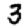
Digit: 3